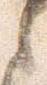
之